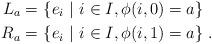
LaTeX: \begin{align*} L_a =& \ \{ e_i \ | \ i \in I, \phi(i,0) = a \} \\ R_a =& \ \{ e_i \ | \ i \in I, \phi(i,1) = a \} \; . \end{align*}